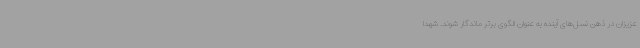
عزیزان در ذهن نسل‌های آینده به عنوان الگوی برتر ماندگار شوند. شهدا